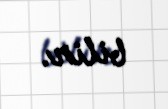
bilir.